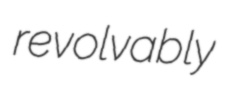
revolvably